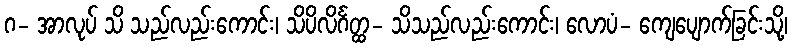
ဂ- အာလုပ် သိ သည်လည်းကောင်း၊ သိပိလိင်္ဂတ္ထ- သိသည်လည်းကောင်း၊ လောပံ- ကျေပျောက်ခြင်းသို့၊